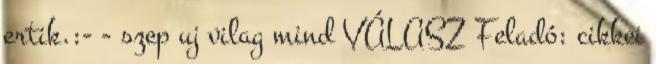
ertik.:- - szep uj vilag mind VÁLASZ Feladó: cikkei